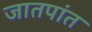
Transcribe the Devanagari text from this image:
जातपांत